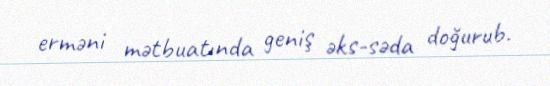
erməni mətbuatında geniş əks-səda doğurub.